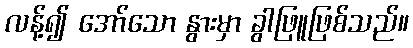
လန့်၍ အော်သော နွားမှာ ခွါဖြူဖြစ်သည်။